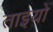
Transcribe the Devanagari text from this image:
ताइयो